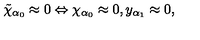
\tilde { \chi } _ { \alpha _ { 0 } } \approx 0 \Leftrightarrow \chi _ { \alpha _ { 0 } } \approx 0 , y _ { \alpha _ { 1 } } \approx 0 ,